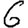
Digit: 6